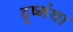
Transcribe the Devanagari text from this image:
दुष्मंथा